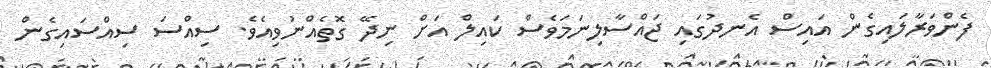
ފެންވަރާލައިގެން އައިސް އެނދުގައި ޖައްސާލިނަމަވެސް ކައިލް އަށް ނިދޭ ގޮތެއްނުވިއެވެ. ސިއްސަ ސިއްސައިގެން